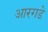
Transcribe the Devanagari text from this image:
आरगडे